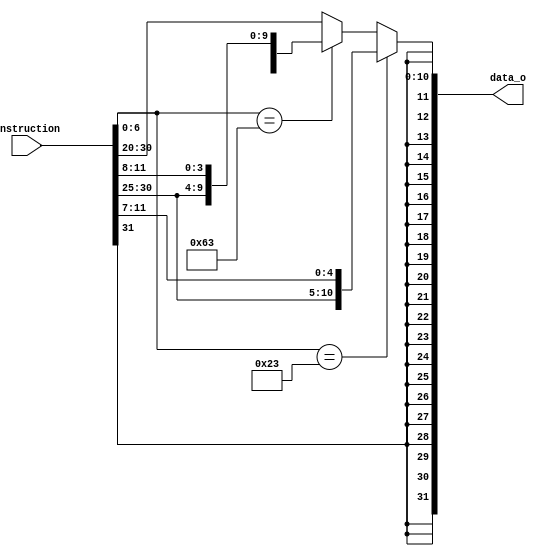
module Sign_Extend(
    instruction     ,
    data_o     
);

input [31:0] instruction;
output reg [31:0] data_o;

always @(instruction) begin
	if (instruction[6:0] == 7'b0100011) begin //s type
		data_o <= {{21{instruction[31]}},instruction[30:25],instruction[11:7]};	
	end
	else if (instruction[6:0] == 7'b1100011) begin //SB type
		data_o <= {{21{instruction[31]}},instruction[7],instruction[30:25],instruction[11:8]};
	end
	else begin
		data_o <= {{21{instruction[31]}}, instruction[30:20]};
	end
end

endmodule